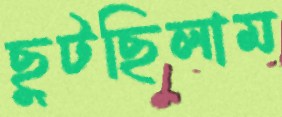
ছুটছিলাম